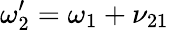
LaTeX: \omega_{2}^{\prime}=\omega_{1}+\nu_{21}